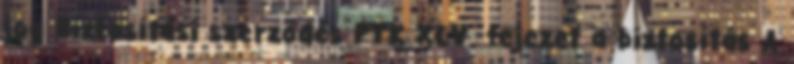
jog Biztosítási szerződés PTK XLV. fejezet a biztosítás A